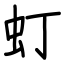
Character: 虰